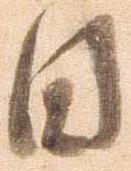
日